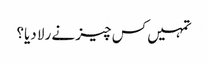
تمہیں کس چیز نے رلا دیا؟